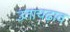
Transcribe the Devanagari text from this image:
उताचढ़ाव